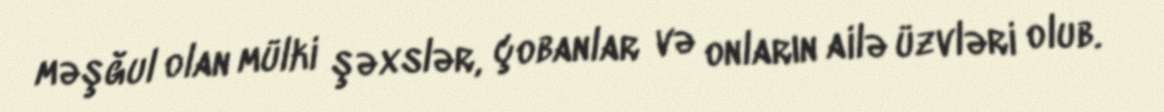
məşğul olan mülki şəxslər, çobanlar və onların ailə üzvləri olub.